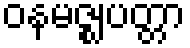
ဝနမဇ္ဈပတ္တာ